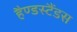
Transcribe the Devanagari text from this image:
हैण्डस्टैंडस